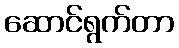
ဆောင်ရွက်တာ